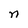
Character: n